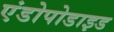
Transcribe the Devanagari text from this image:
एंडोपोडाइड